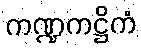
ကဏ္ဍကဋ္ဌိကံ